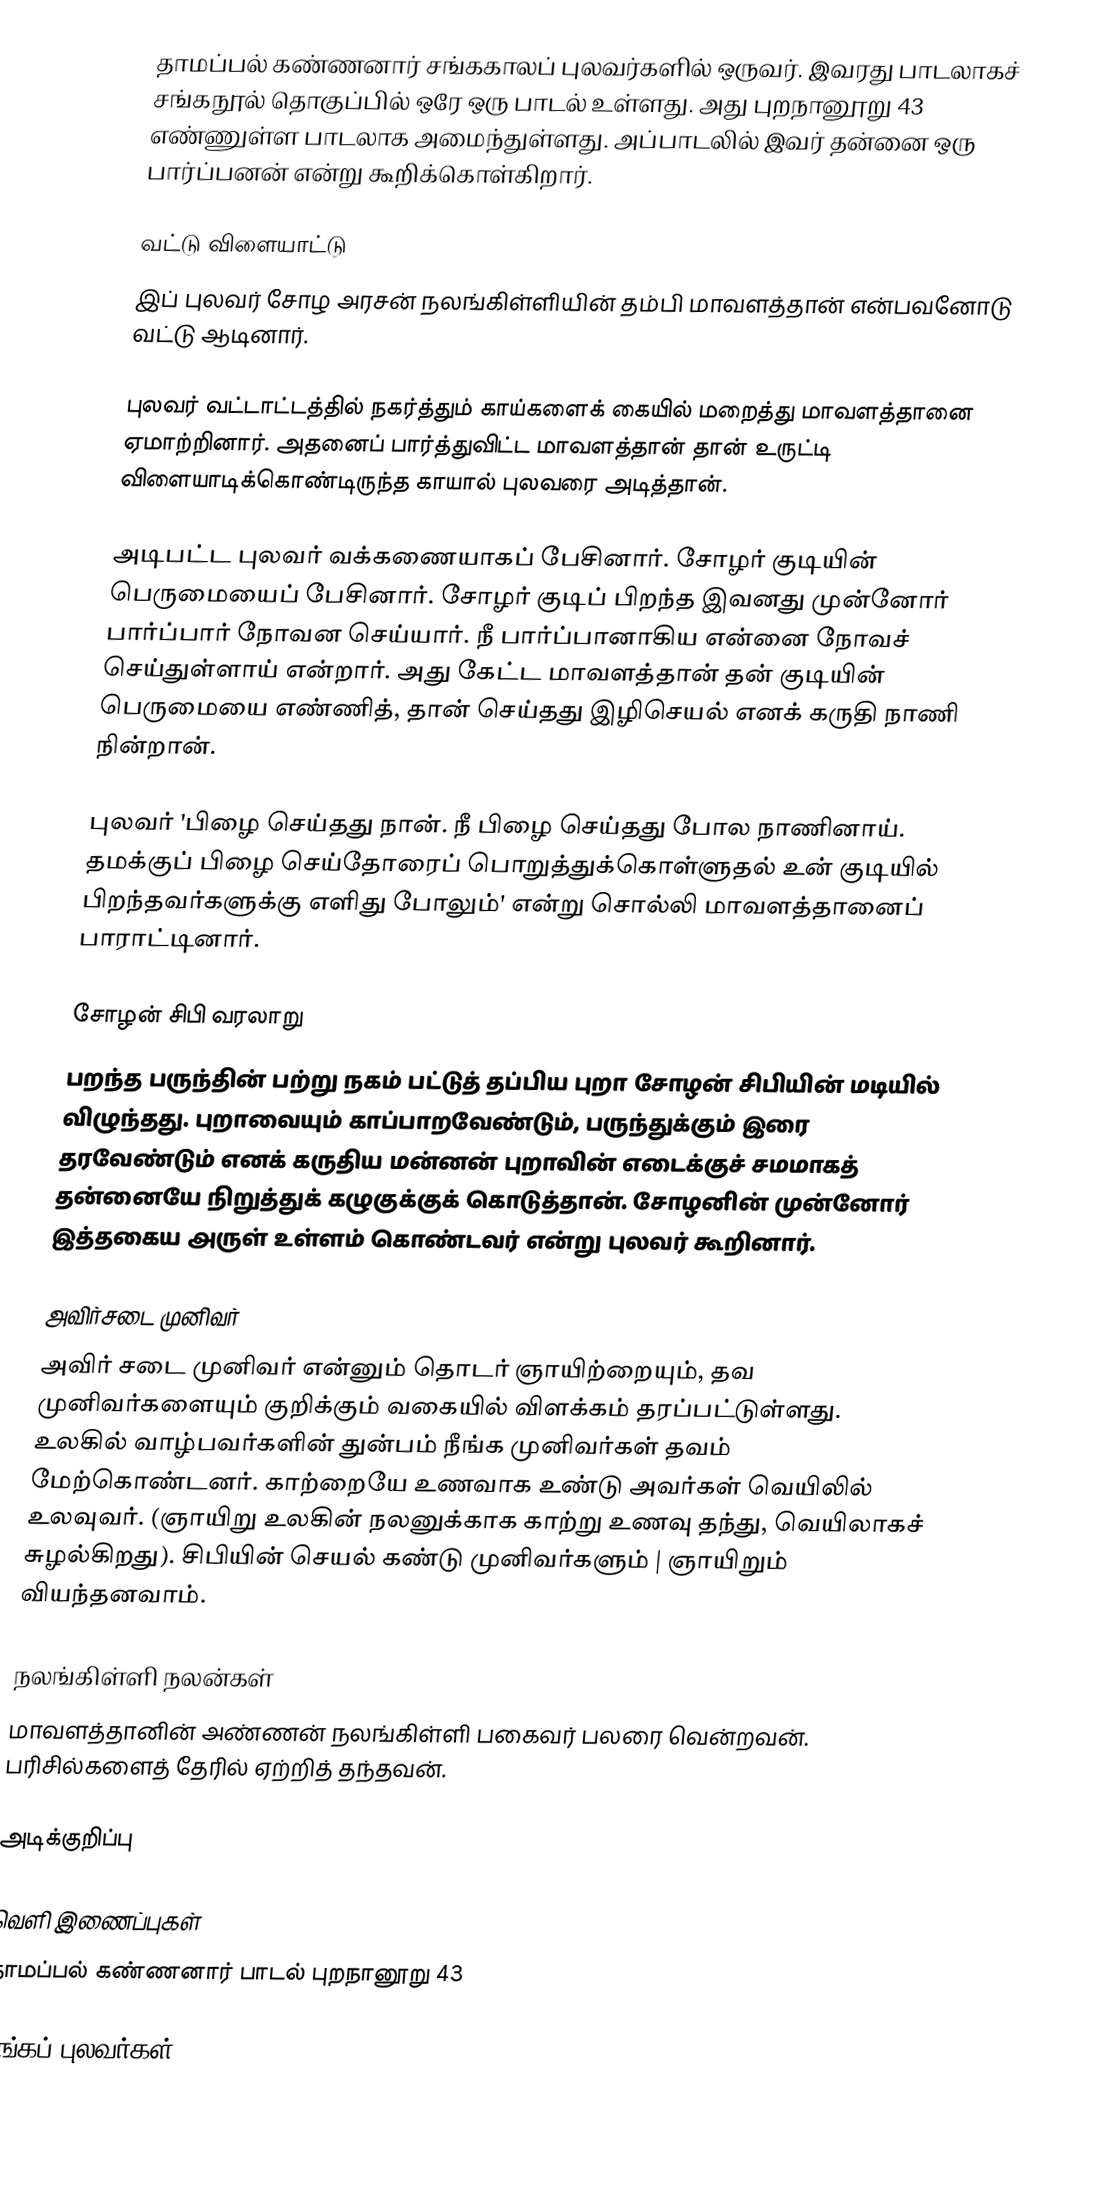
தாமப்பல் கண்ணனார் சங்ககாலப் புலவர்களில் ஒருவர். இவரது பாடலாகச் சங்கநூல் தொகுப்பில் ஒரே ஒரு பாடல் உள்ளது. அது புறநானூறு 43 எண்ணுள்ள பாடலாக அமைந்துள்ளது. அப்பாடலில் இவர் தன்னை ஒரு பார்ப்பனன் என்று கூறிக்கொள்கிறார்.

வட்டு விளையாட்டு
இப் புலவர் சோழ அரசன் நலங்கிள்ளியின் தம்பி மாவளத்தான் என்பவனோடு வட்டு ஆடினார்.

புலவர் வட்டாட்டத்தில் நகர்த்தும்  காய்களைக் கையில் மறைத்து மாவளத்தானை ஏமாற்றினார். அதனைப் பார்த்துவிட்ட மாவளத்தான் தான் உருட்டி விளையாடிக்கொண்டிருந்த காயால் புலவரை அடித்தான்.

அடிபட்ட புலவர் வக்கணையாகப் பேசினார். சோழர் குடியின் பெருமையைப் பேசினார். சோழர் குடிப் பிறந்த இவனது முன்னோர் பார்ப்பார் நோவன செய்யார். நீ பார்ப்பானாகிய என்னை நோவச் செய்துள்ளாய் என்றார். அது கேட்ட மாவளத்தான் தன் குடியின் பெருமையை எண்ணித், தான் செய்தது இழிசெயல் எனக் கருதி நாணி நின்றான்.

புலவர் 'பிழை செய்தது நான். நீ பிழை செய்தது போல நாணினாய். தமக்குப் பிழை செய்தோரைப் பொறுத்துக்கொள்ளுதல் உன் குடியில் பிறந்தவர்களுக்கு எளிது போலும்' என்று சொல்லி மாவளத்தானைப் பாராட்டினார்.

சோழன் சிபி வரலாறு
பறந்த பருந்தின் பற்று நகம் பட்டுத் தப்பிய புறா சோழன் சிபியின் மடியில் விழுந்தது. புறாவையும் காப்பாறவேண்டும், பருந்துக்கும் இரை தரவேண்டும் எனக் கருதிய மன்னன் புறாவின் எடைக்குச் சமமாகத் தன்னையே நிறுத்துக் கழுகுக்குக் கொடுத்தான். சோழனின் முன்னோர் இத்தகைய அருள் உள்ளம் கொண்டவர் என்று புலவர் கூறினார்.

அவிர்சடை முனிவர்
அவிர் சடை முனிவர் என்னும் தொடர் ஞாயிற்றையும், தவ முனிவர்களையும் குறிக்கும் வகையில் விளக்கம் தரப்பட்டுள்ளது. உலகில் வாழ்பவர்களின் துன்பம் நீங்க முனிவர்கள் தவம் மேற்கொண்டனர். காற்றையே உணவாக உண்டு அவர்கள் வெயிலில் உலவுவர். (ஞாயிறு உலகின் நலனுக்காக காற்று உணவு தந்து, வெயிலாகச் சுழல்கிறது). சிபியின் செயல் கண்டு முனிவர்களும் | ஞாயிறும் வியந்தனவாம்.

நலங்கிள்ளி நலன்கள்
மாவளத்தானின் அண்ணன் நலங்கிள்ளி பகைவர் பலரை வென்றவன். பரிசில்களைத் தேரில் ஏற்றித் தந்தவன்.

அடிக்குறிப்பு

வெளி இணைப்புகள்
தாமப்பல் கண்ணனார் பாடல் புறநானூறு 43

சங்கப் புலவர்கள்